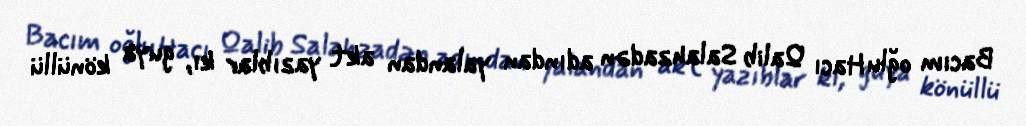
Bacım oğlu Hacı Qalib Salahzadən adından yalandan akt yazıblar kı, guya könüllü